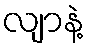
လျာနဲ့